Indian journal of veterinary science and animal husbandry - Volumes 22-23, 1952-1953
Year: 1952
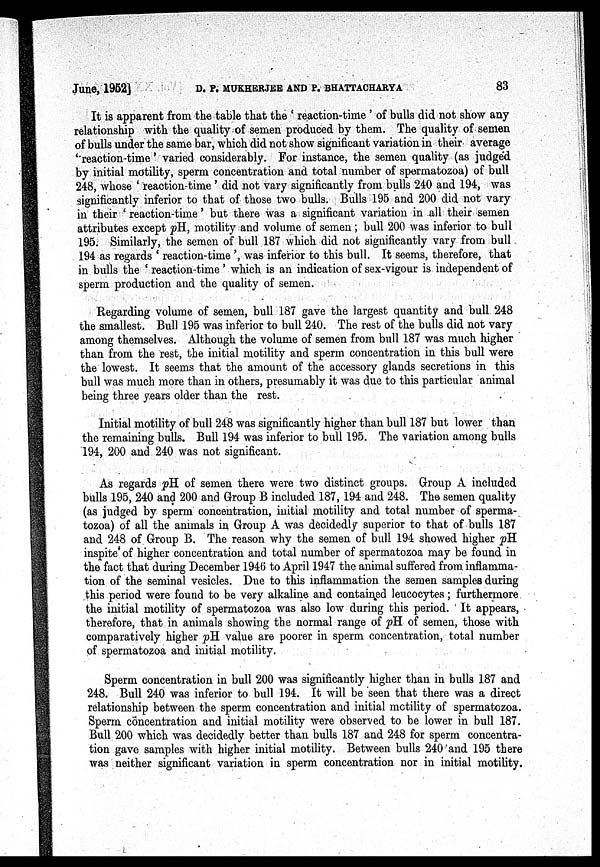
June, 1952] D. P. MUKHERJEE AND P. BHATTACHARYA 83
It is apparent from the table that the ' reaction-time' of bulls did not show any
relationship with the quality of semen produced by them. The quality of semen
of bulls under the same bar, which did not show significant variation in their average
''reaction-time' varied considerably. For instance, the semen quality (as judged
by initial motility, sperm concentration and total number of spermatozoa) of bull
248, whose ' reaction-time ' did not vary significantly from bulls 240 and 194, was
significantly inferior to that of those two bulls. Bulls 195 and 200 did not vary
in their ' reaction-time' but there was a significant variation in all their semen
attributes except pH, motility and volume of semen ; bull 200 was inferior to bull
195. Similarly, the semen of bull 187 which did not significantly vary from bull
194 as regards ' reaction-time ', was inferior to this bull. It seems, therefore, that
in bulls the ' reaction-time ' which is an indication of sex-vigour is independent of
sperm production and the quality of semen.
Regarding volume of semen, bull 187 gave the largest quantity and bull 248
the smallest. Bull 195 was inferior to bull 240. The rest of the bulls did not vary
among themselves. Although the volume of semen from bull 187 was much higher
than from the rest, the initial motility and sperm concentration in this bull were
the lowest. It seems that the amount of the accessory glands secretions in this
bull was much more than in others, presumably it was due to this particular animal
being three years older than the rest.
Initial motility of bull 248 was significantly higher than bull 187 but lower than
the remaining bulls. Bull 194 was inferior to bull 195. The variation among bulls
194, 200 and 240 was not significant.
As regards pH of semen there were two distinct groups. Group A included
bulls 195, 240 and 200 and Group B included 187, 194 and 248. The semen quality
(as judged by sperm concentration, initial motility and total number of sperma-
tozoa) of all the animals in Group A was decidedly superior to that of bulls 187
and 248 of Group B. The reason why the semen of bull 194 showed higher pH
inspite of higher concentration and total number of spermatozoa may be found in
the fact that during December 1946 to April 1947 the animal suffered from, inflamma-
tion of the seminal vesicles. Due to this inflammation the semen samples during
this period were found to be very alkaline and contained leucocytes ; furthermore
the initial motility of spermatozoa was also low during this period. It appears,
therefore, that in animals showing the normal range of pH of semen, those with
comparatively higher pH value are poorer in sperm concentration, total number
of spermatozoa and initial motility.
Sperm concentration in bull 200 was significantly higher than in bulls 187 and
248. Bull 240 was inferior to bull 194. It will be seen that there was a direct
relationship between the sperm concentration and initial motility of spermatozoa.
Sperm concentration and initial motility were observed to be lower in bull 187.
Bull 200 which was decidedly better than bulls 187 and 248 for sperm concentra-
tion gave samples with higher initial motility. Between bulls 240 and 195 there
was neither significant variation in sperm concentration nor in initial motility.